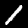
Label: 1